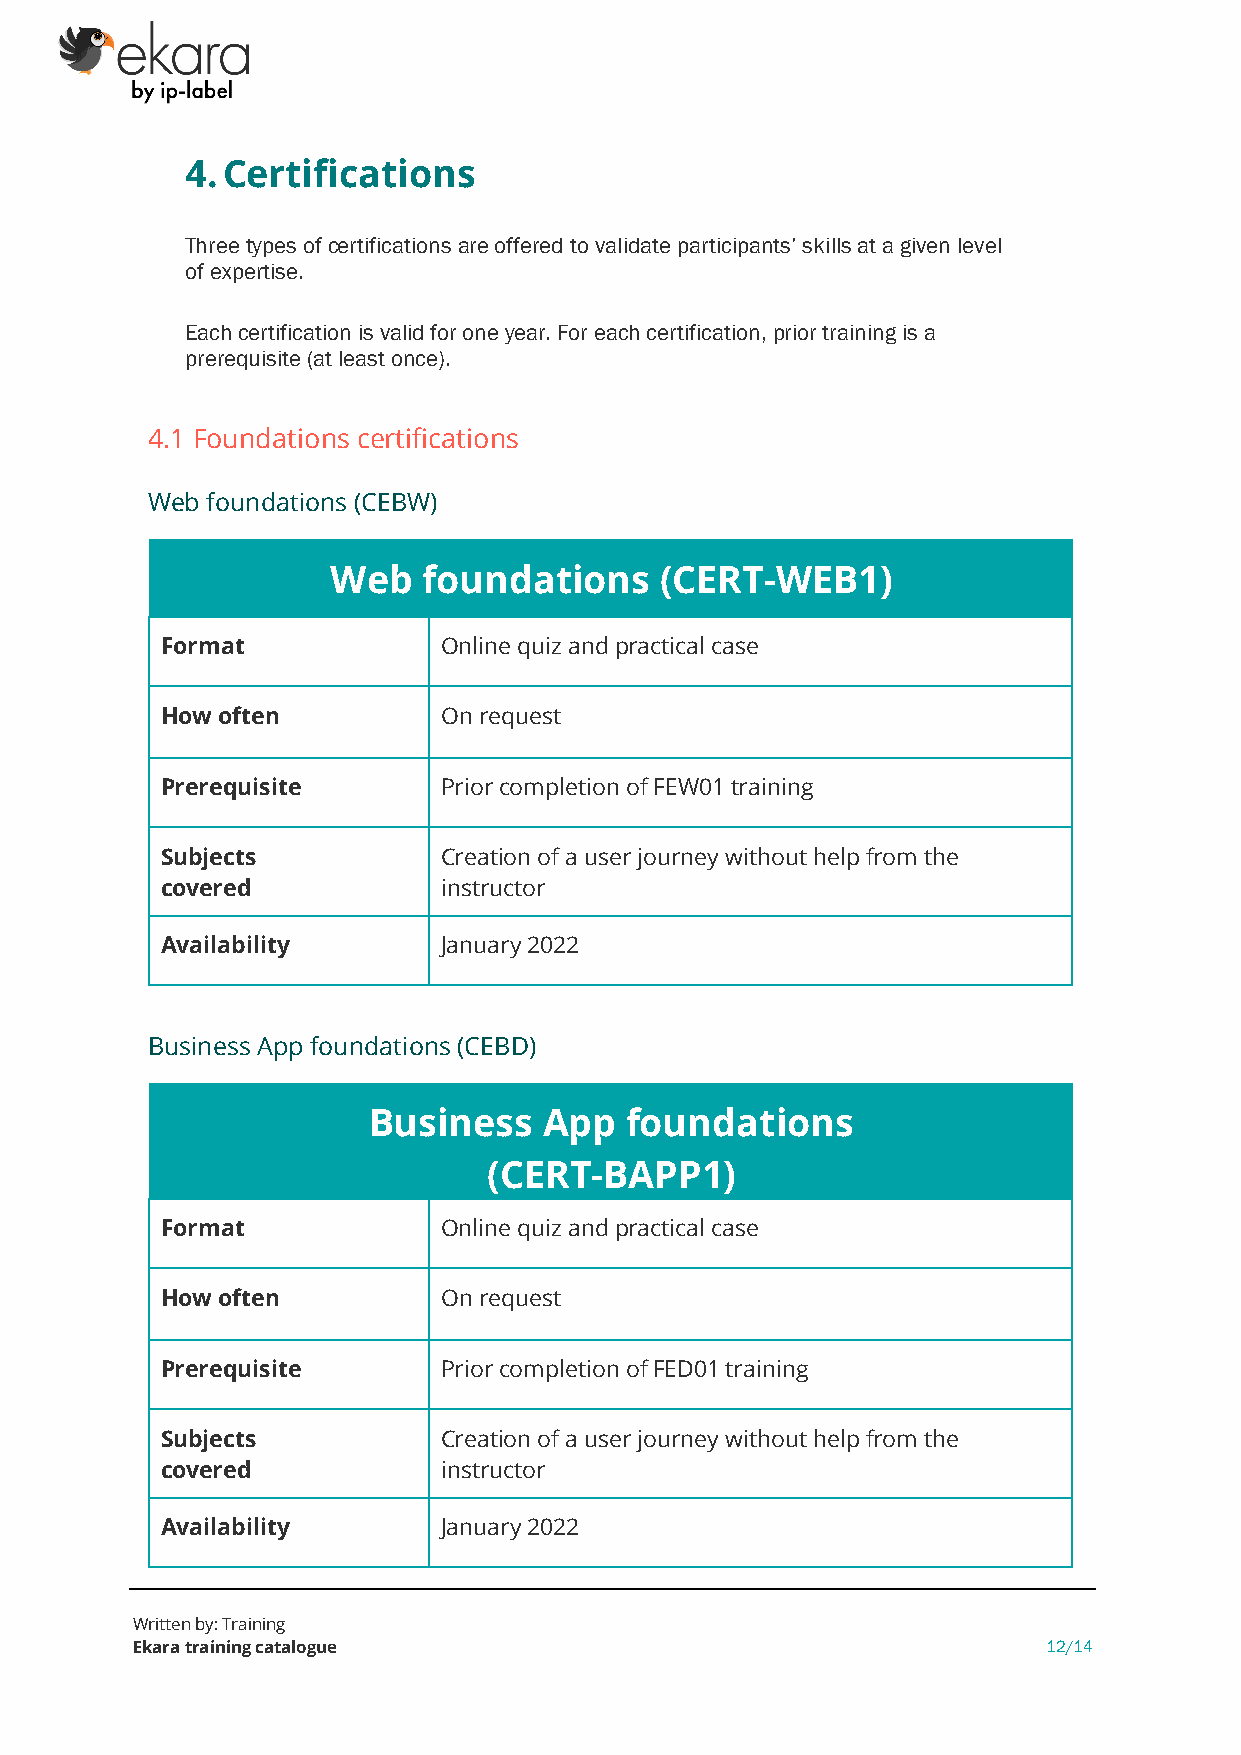
4. Certifications
 Three types of certifications are offered to validate participants’ skills at a given level
 of expertise.
 Each certification is valid for one year. For each certification, prior training is a
 prerequisite (at least once).
 4.1 Foundations certifications
 Web foundations (CEBW)
 Web   foundations     (CERT-WEB1)
 Format            Online quiz and practical case
 How often         On request
 Prerequisite      Prior completion of FEW01 training
 Subjects          Creation of a user journey without help from the
 covered           instructor
 Availability      January 2022
 Business App foundations (CEBD)
 Business    App  foundations
 (CERT-BAPP1)
 Format            Online quiz and practical case
 How often         On request
 Prerequisite      Prior completion of FED01 training
 Subjects          Creation of a user journey without help from the
 covered           instructor
 Availability      January 2022
 Written by: Training
 Ekara training catalogue                                    12/14